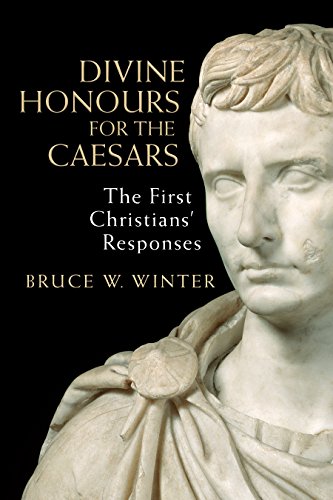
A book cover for Divine Honours for the Caesars: The First Christians' Responses; Bruce W. Winter; Christian Books & Bibles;